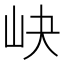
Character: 𱛑